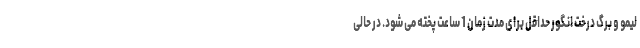
لیمو و برگ درخت انگور حداقل برای مدت زمان 1 ساعت پخته می شود. در حالی